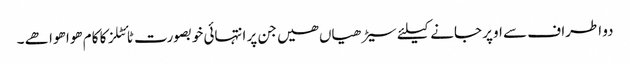
دو اطراف سے اوپر جانے کیلئے سیڑھیاں ھیں جن پر انتہائی خوبصورت ٹائٹلز کا کام ھوا ھوا ھے ۔